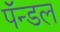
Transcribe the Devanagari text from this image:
पॅन्डल